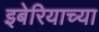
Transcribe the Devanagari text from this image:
इबेरियाच्या